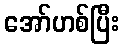
အော်ဟစ်ပြီး